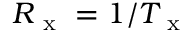
R _ { \mathrm { ~ x ~ } } = 1 / T _ { \mathrm { ~ x ~ } }